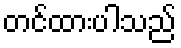
တင်ထားပါသည်